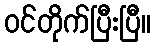
ဝင်တိုက်ပြီးပြီ။